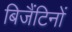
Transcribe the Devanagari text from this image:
बिजैंटिनों